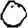
Digit: 0